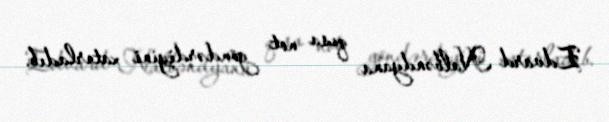
Edvard Nalbəndyana qısa not göndərdiyini xatırladıb.